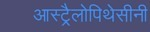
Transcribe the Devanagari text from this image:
आस्ट्रैलोपिथेसीनी